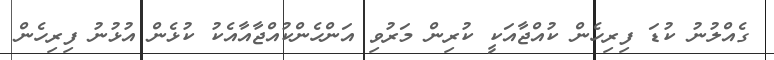
ގެއްލުނު ކުޑަ ފިރިހެން ކުއްޖާއަކީ ކުރިން މަރުވި އަންހެންކުއްޖާއާއެކު ކުޅެން އުޅުނު ފިރިހެން